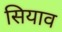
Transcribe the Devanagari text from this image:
सियाव